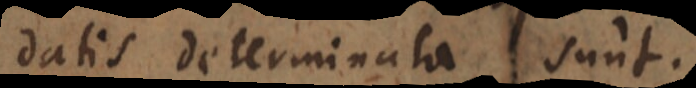
datis determinata sunt.